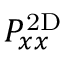
P _ { x x } ^ { \mathrm { 2 D } }